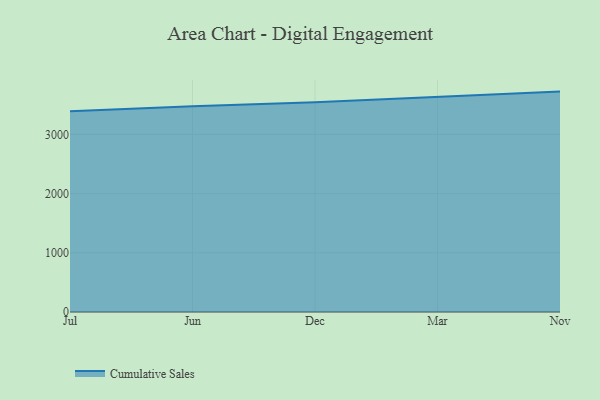
{"axis": {"x": "Month", "y": "Conversion Rate (%)"}, "legend": ["Cumulative Sales"], "data": [{"x": "Jul", "y": 3392.3, "type": "Cumulative Sales"}, {"x": "Jun", "y": 3475.0, "type": "Cumulative Sales"}, {"x": "Dec", "y": 3543.8, "type": "Cumulative Sales"}, {"x": "Mar", "y": 3636.7, "type": "Cumulative Sales"}, {"x": "Nov", "y": 3723.8, "type": "Cumulative Sales"}]}